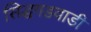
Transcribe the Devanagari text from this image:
सिद्धगडवाडी